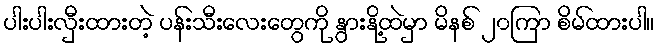
ပါးပါးလှီးထားတဲ့ ပန်းသီးလေးတွေကို နွားနို့ထဲမှာ မိနစ် ၂၀ကြာ စိမ်ထားပါ။